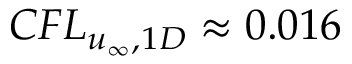
C F L _ { u _ { \infty } , 1 D } \approx 0 . 0 1 6